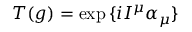
T ( g ) = \exp { \{ i I ^ { \mu } \alpha _ { \mu } \} }